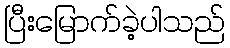
ပြီးမြောက်ခဲ့ပါသည်